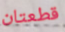
قطعتان